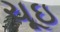
ચૂઇ